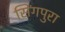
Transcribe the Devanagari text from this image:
सिंगपुरा